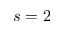
s = 2